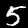
Digit: 5